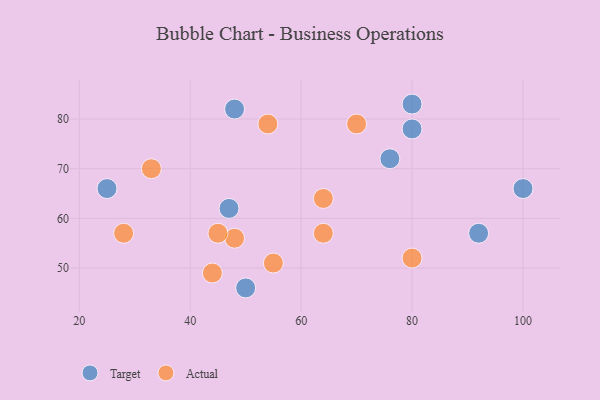
{"axis": {"x": "GDP", "y": "Life Expectancy"}, "legend": ["Actual", "Target"], "data": [{"x": "50", "y": 46, "type": "Target"}, {"x": "80", "y": 78, "type": "Target"}, {"x": "47", "y": 62, "type": "Target"}, {"x": "76", "y": 72, "type": "Target"}, {"x": "80", "y": 83, "type": "Target"}, {"x": "48", "y": 82, "type": "Target"}, {"x": "92", "y": 57, "type": "Target"}, {"x": "25", "y": 66, "type": "Target"}, {"x": "100", "y": 66, "type": "Target"}, {"x": "55", "y": 51, "type": "Actual"}, {"x": "48", "y": 56, "type": "Actual"}, {"x": "45", "y": 57, "type": "Actual"}, {"x": "28", "y": 57, "type": "Actual"}, {"x": "80", "y": 52, "type": "Actual"}, {"x": "64", "y": 57, "type": "Actual"}, {"x": "64", "y": 64, "type": "Actual"}, {"x": "33", "y": 70, "type": "Actual"}, {"x": "70", "y": 79, "type": "Actual"}, {"x": "44", "y": 49, "type": "Actual"}, {"x": "54", "y": 79, "type": "Actual"}]}